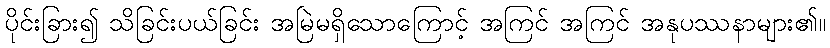
ပိုင်းခြား၍ သိခြင်းပယ်ခြင်း အမြဲမရှိသောကြောင့် အကြင် အကြင် အနုပဿနာများ၏။